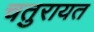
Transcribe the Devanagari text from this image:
चतुरायत